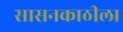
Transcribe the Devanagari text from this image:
सासनकाठीला